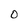
Character: O